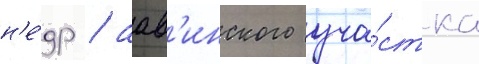
н'е́др / аав'инского уча́стка